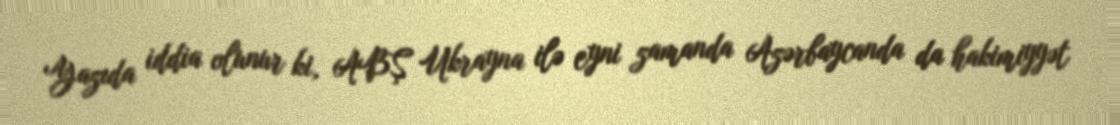
Yazıda iddia olunur ki, ABŞ Ukrayna ilə eyni zamanda Azərbaycanda da hakimiyyət